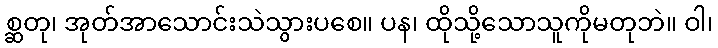
စ္ဆတု၊ အုတ်အာသောင်းသဲသွားပစေ။ ပန၊ ထိုသို့သောသူကိုမတုဘဲ။ ဝါ၊